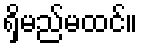
ရှိမည်မထင်။